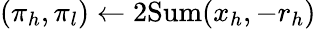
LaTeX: (\pi_{h},\pi_{l})\gets\mathrm{2Sum}(x_{h},-r_{h})